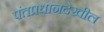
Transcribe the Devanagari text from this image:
पंतप्रधानदेखील